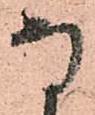
な